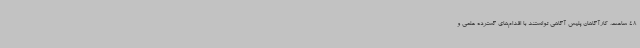
48 ساعت، کارآگاهان پلیس آگاهی توانستند با اقدام‌های گسترده علمی و